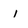
Character: i